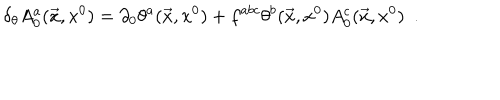
LaTeX: \delta _ { \theta } A _ { 0 } ^ { a } ( \vec { x } , x ^ { 0 } ) = \partial _ { 0 } \theta ^ { a } ( \vec { x } , x ^ { 0 } ) + f ^ { a b c } \theta ^ { b } ( \vec { x } , x ^ { 0 } ) A _ { 0 } ^ { c } ( \vec { x } , x ^ { 0 } ) \ \ .